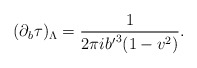
\begin{align*}(\partial_b\tau)_\Lambda={1\over 2\pi i {b'}^3(1-v^2)}.\end{align*}